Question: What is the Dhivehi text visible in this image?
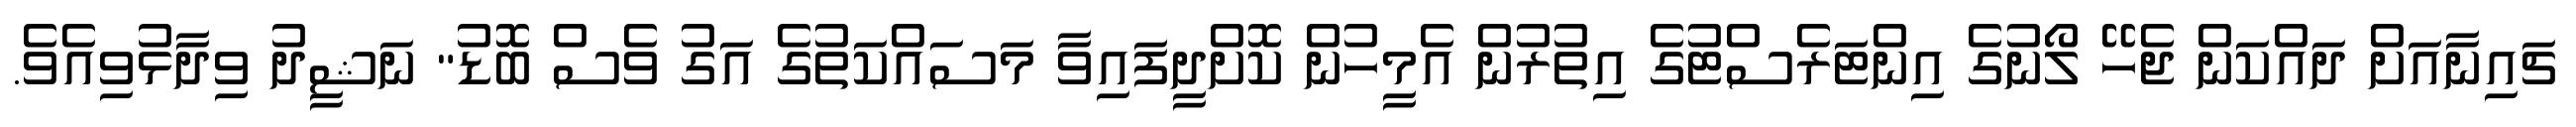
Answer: ޗައިނާއަށް ދައްކަން ޖެހޭ ލޯނުގެ އިންޓަރެސްޓުގެ އިތުރުން އެމީހުން ކޮށްދީފައިވާ މަސައްކަތުގެ އަގު ވެސް ބޮޑު" ނަޝީދު ވިދާޅުވިއެވެ.